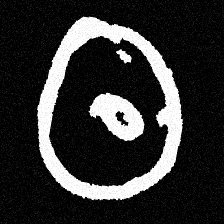
Pyu character \u2014 Myanmar letter: ထ (romanized: tha)